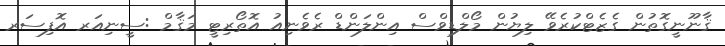
ޤާނޫނީގޮތުން ގެޒެޓްކުރެވޭ ލިޔުން މޯލްޑިވްސް އިންލަންޑް ރެވެނިއު އޮތޯރިޓީ މަޤާމް :ސީނިއަރ އޮފިސަރ